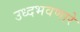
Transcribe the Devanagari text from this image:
उध्दभवणारे